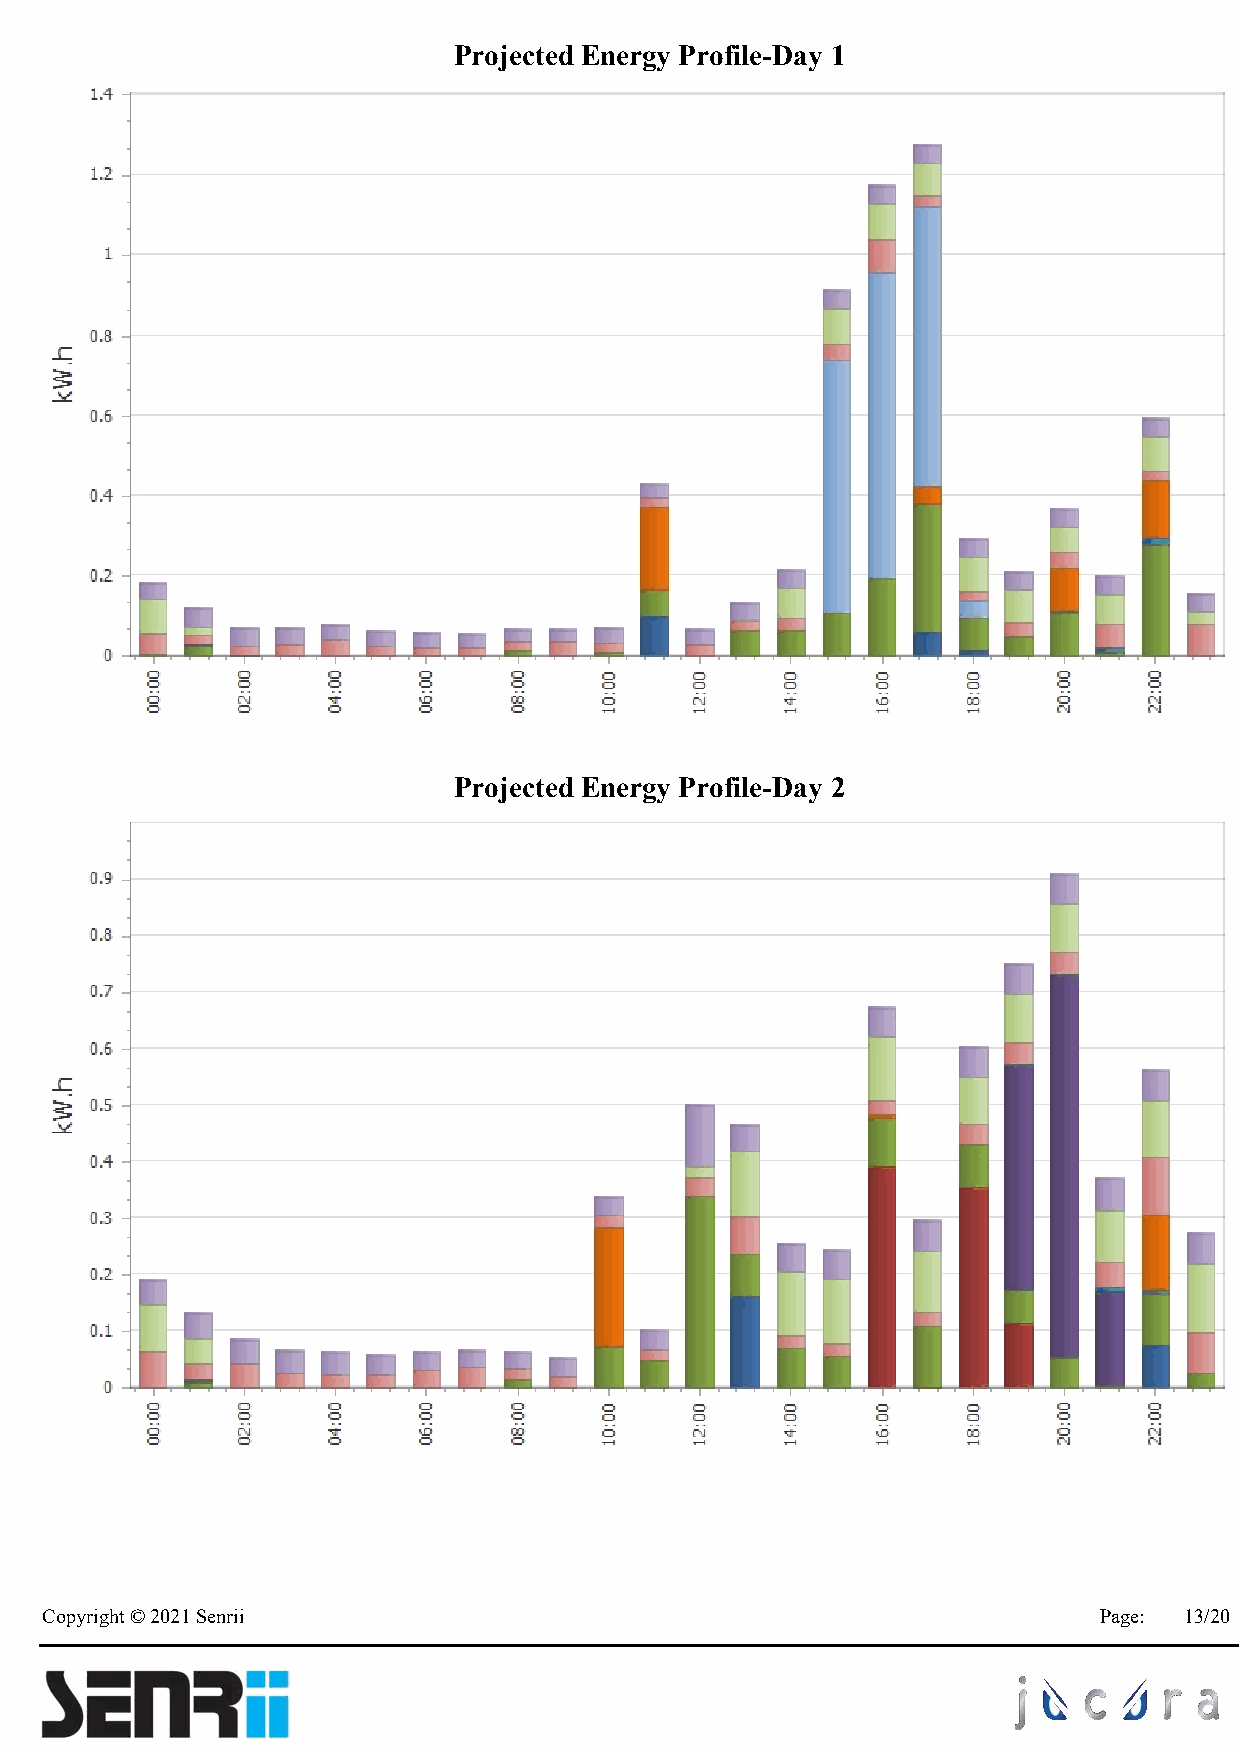
Projected Energy Profile-Day 1
 Projected Energy Profile-Day 2
 Copyright © 2021 Senrii                                               Page: 13/20